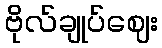
ဗိုလ်ချုပ်ဈေး